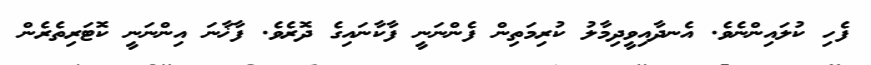
ފެހި ކުލައިންނެވެ. އެނދާއިވީދިމާލު ކުރިމަތިން ފެންނަނީ ފާކާނައިގެ ދޮރެވެ. ފާޚާނަ އިންނަނީ ކޮޓަރިތެރެން